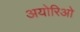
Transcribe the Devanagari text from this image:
अयोरिओ